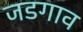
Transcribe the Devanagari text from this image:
जडगाव